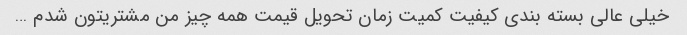
خیلی عالی بسته بندی کیفیت کمیت زمان تحویل قیمت همه چیز من مشتریتون شدم …